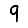
Digit: 9